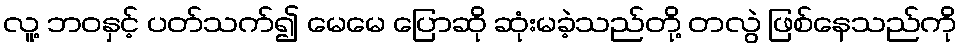
လူ့ ဘဝနှင့် ပတ်သက်၍ မေမေ ပြောဆို ဆုံးမခဲ့သည်တို့ တလွဲ ဖြစ်နေသည်ကို